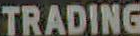
TRADING